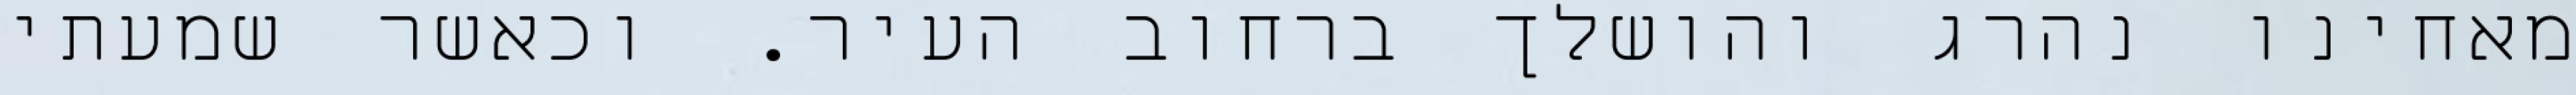
מאחינו נהרג והושלך ברחוב העיר. וכאשר שמעתי